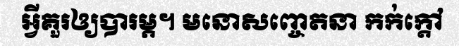
អ្វីគួរឲ្យបារម្ភ។ មនោសញ្ចេតនា កក់ក្តៅ